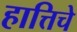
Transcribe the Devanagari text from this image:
हात्तिचे